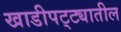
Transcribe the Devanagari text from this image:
खाडीपट्ट्यातील